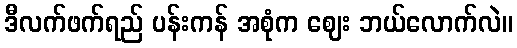
ဒီလက်ဖက်ရည် ပန်းကန် အစုံက ဈေး ဘယ်လောက်လဲ။